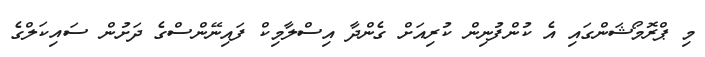
މި ޕްރޮމޯޝަންގައި އެ ކުންފުނިން ކުރިއަށް ގެންދާ އިސްލާމިކް ފައިނޭންސްގެ ދަށުން ސައިކަލްގެ